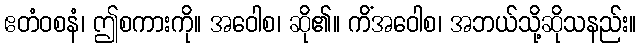
ဧတံဝစနံ၊ ဤစကားကို။ အဝေါစ၊ ဆို၏။ ကိံအဝေါစ၊ အဘယ်သို့ဆိုသနည်း။